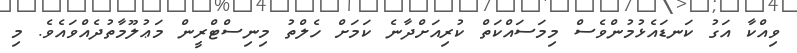
ވިއްކާ އަގު ކަނޑައެޅުމުންވެސް މިމަސައްކަތް ކުރިއަށްދާނެ ކަމަށް ހެލްތު މިނިސްޓްރީން މަޢުލޫމާތުދެއްވައެވެ. މި